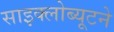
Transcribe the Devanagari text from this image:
साइक्लोब्यूटने